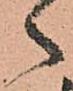
ゝ